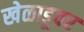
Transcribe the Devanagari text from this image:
खेळाडूवर